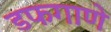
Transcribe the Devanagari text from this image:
डफगाणे